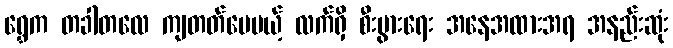
ရွှေက တခါတလေ ကျတတ်ပေမယ့် လက်ရှိ စီးပွားရေး အနေအထားအရ အနည်းဆုံး